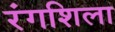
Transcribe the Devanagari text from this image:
रंगशिला